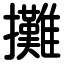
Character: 攤